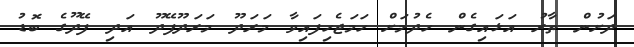
ދަށުން ތާރު އަޅައިގެން ހެދުމަށް ހަމަޖެހިފައިވާ މަރަދޫ މަރަދޫފޭދޫ އަދި ފޭދޫގެ ބޮޑު